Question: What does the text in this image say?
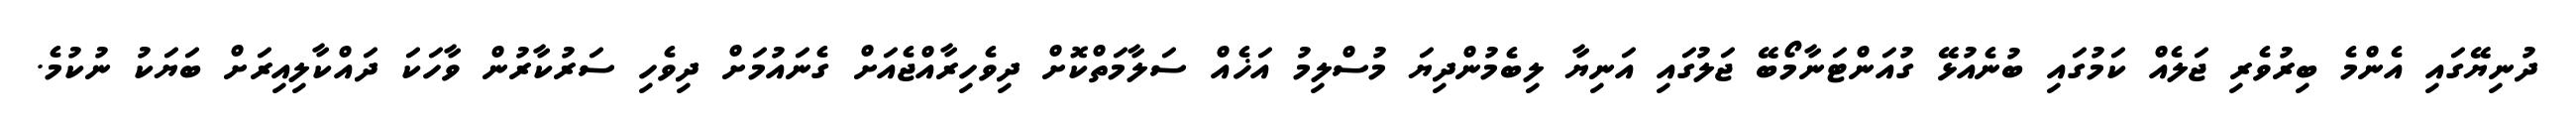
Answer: ދުނިޔޭގައި އެންމެ ބިރުވެރި ޖަލެއް ކަމުގައި ބުނެއުޅޭ ގުއަންޓަނާމޯބޭ ޖަލުގައި އަނިޔާ ލިބެމުންދިޔަ މުސްލިމު އަޚެއް ސަލާމަތްކޮށް ދިވެހިރާއްޖެއަށް ގެނައުމަށް ދިވެހި ސަރުކާރުން ވާހަކަ ދައްކާލިއިރަށް ބަޔަކު ނުކުމެ.